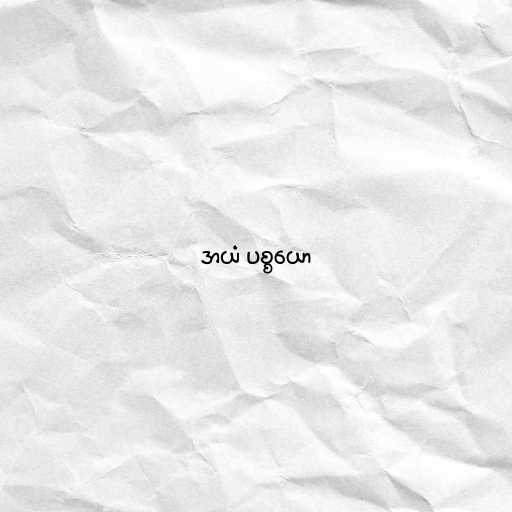
အယံ ပစ္စယော